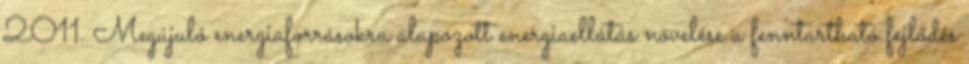
2011. Megújuló energiaforrásokra alapozott energiaellátás növelése a fenntartható fejlődés